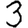
Digit: 3